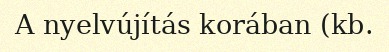
A nyelvújítás korában (kb.